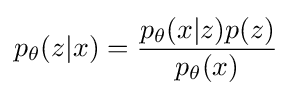
p_{\theta }(z|x)={\frac {p_{\theta }(x|z)p(z)}{p_{\theta }(x)}}